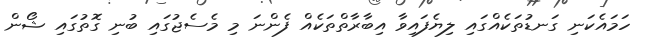
ހަމައެކަނި ގަނޑުތަކެއްގައި ލިޔެފައިވާ އިބާރާތްތަކެއް ފެންނަ މި މެސެޖުގައި ބުނި ގޮތުގައި ޝޯން